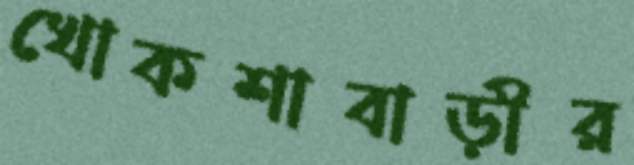
খোকশাবাড়ীর